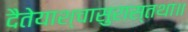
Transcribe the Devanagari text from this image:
दैतेयाश्चासुरास्तथा॥